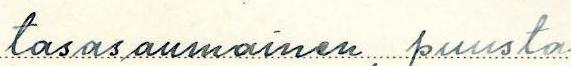
tasasaumainen, puusta